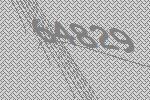
64829